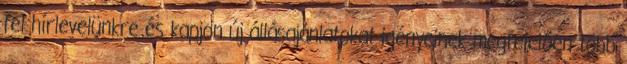
fel hírlevelünkre és kapjon új állásajánlatokat igényeinek megfelelően több